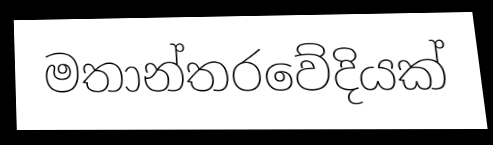
මතාන්තරවේදියක්